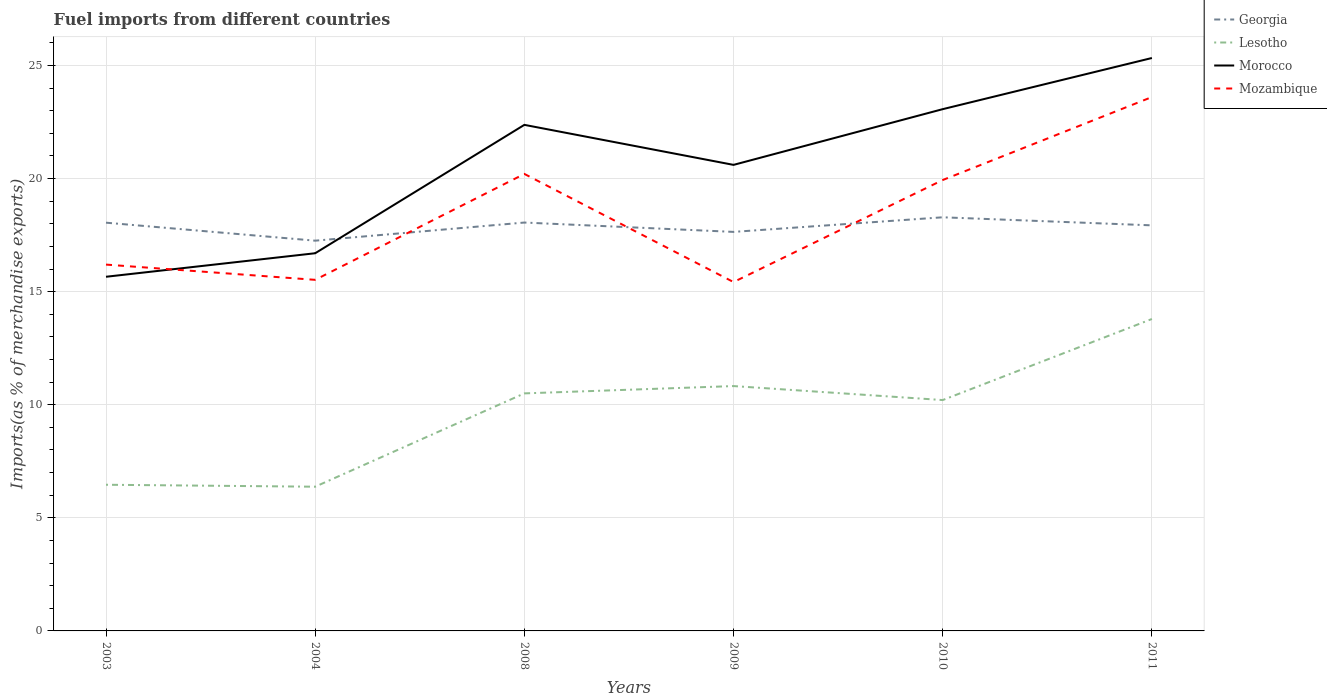
| Years | Georgia | Lesotho | Morocco | Mozambique |
 | --- | --- | --- | --- | --- |
 | 2003 | 18 | 6.46 | 15.7 | 16.2 |
 | 2004 | 17.3 | 6.38 | 16.7 | 15.5 |
 | 2008 | 18.1 | 10.5 | 22.4 | 20.2 |
 | 2009 | 17.6 | 10.8 | 20.6 | 15.4 |
 | 2010 | 18.3 | 10.2 | 23.1 | 19.9 |
 | 2011 | 17.9 | 13.8 | 25.3 | 23.6 |